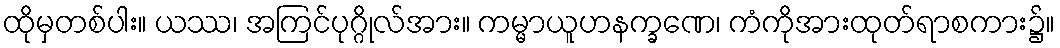
ထိုမှတစ်ပါး။ ယဿ၊ အကြင်ပုဂ္ဂိုလ်အား။ ကမ္မာယူဟနက္ခဏေ၊ ကံကိုအားထုတ်ရာစကား၌။